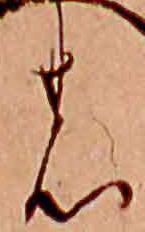
の